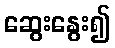
ဆွေးနွေး၍